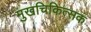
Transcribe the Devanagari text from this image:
मुखचिकित्सक